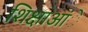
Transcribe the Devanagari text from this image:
शिक्षाआंे